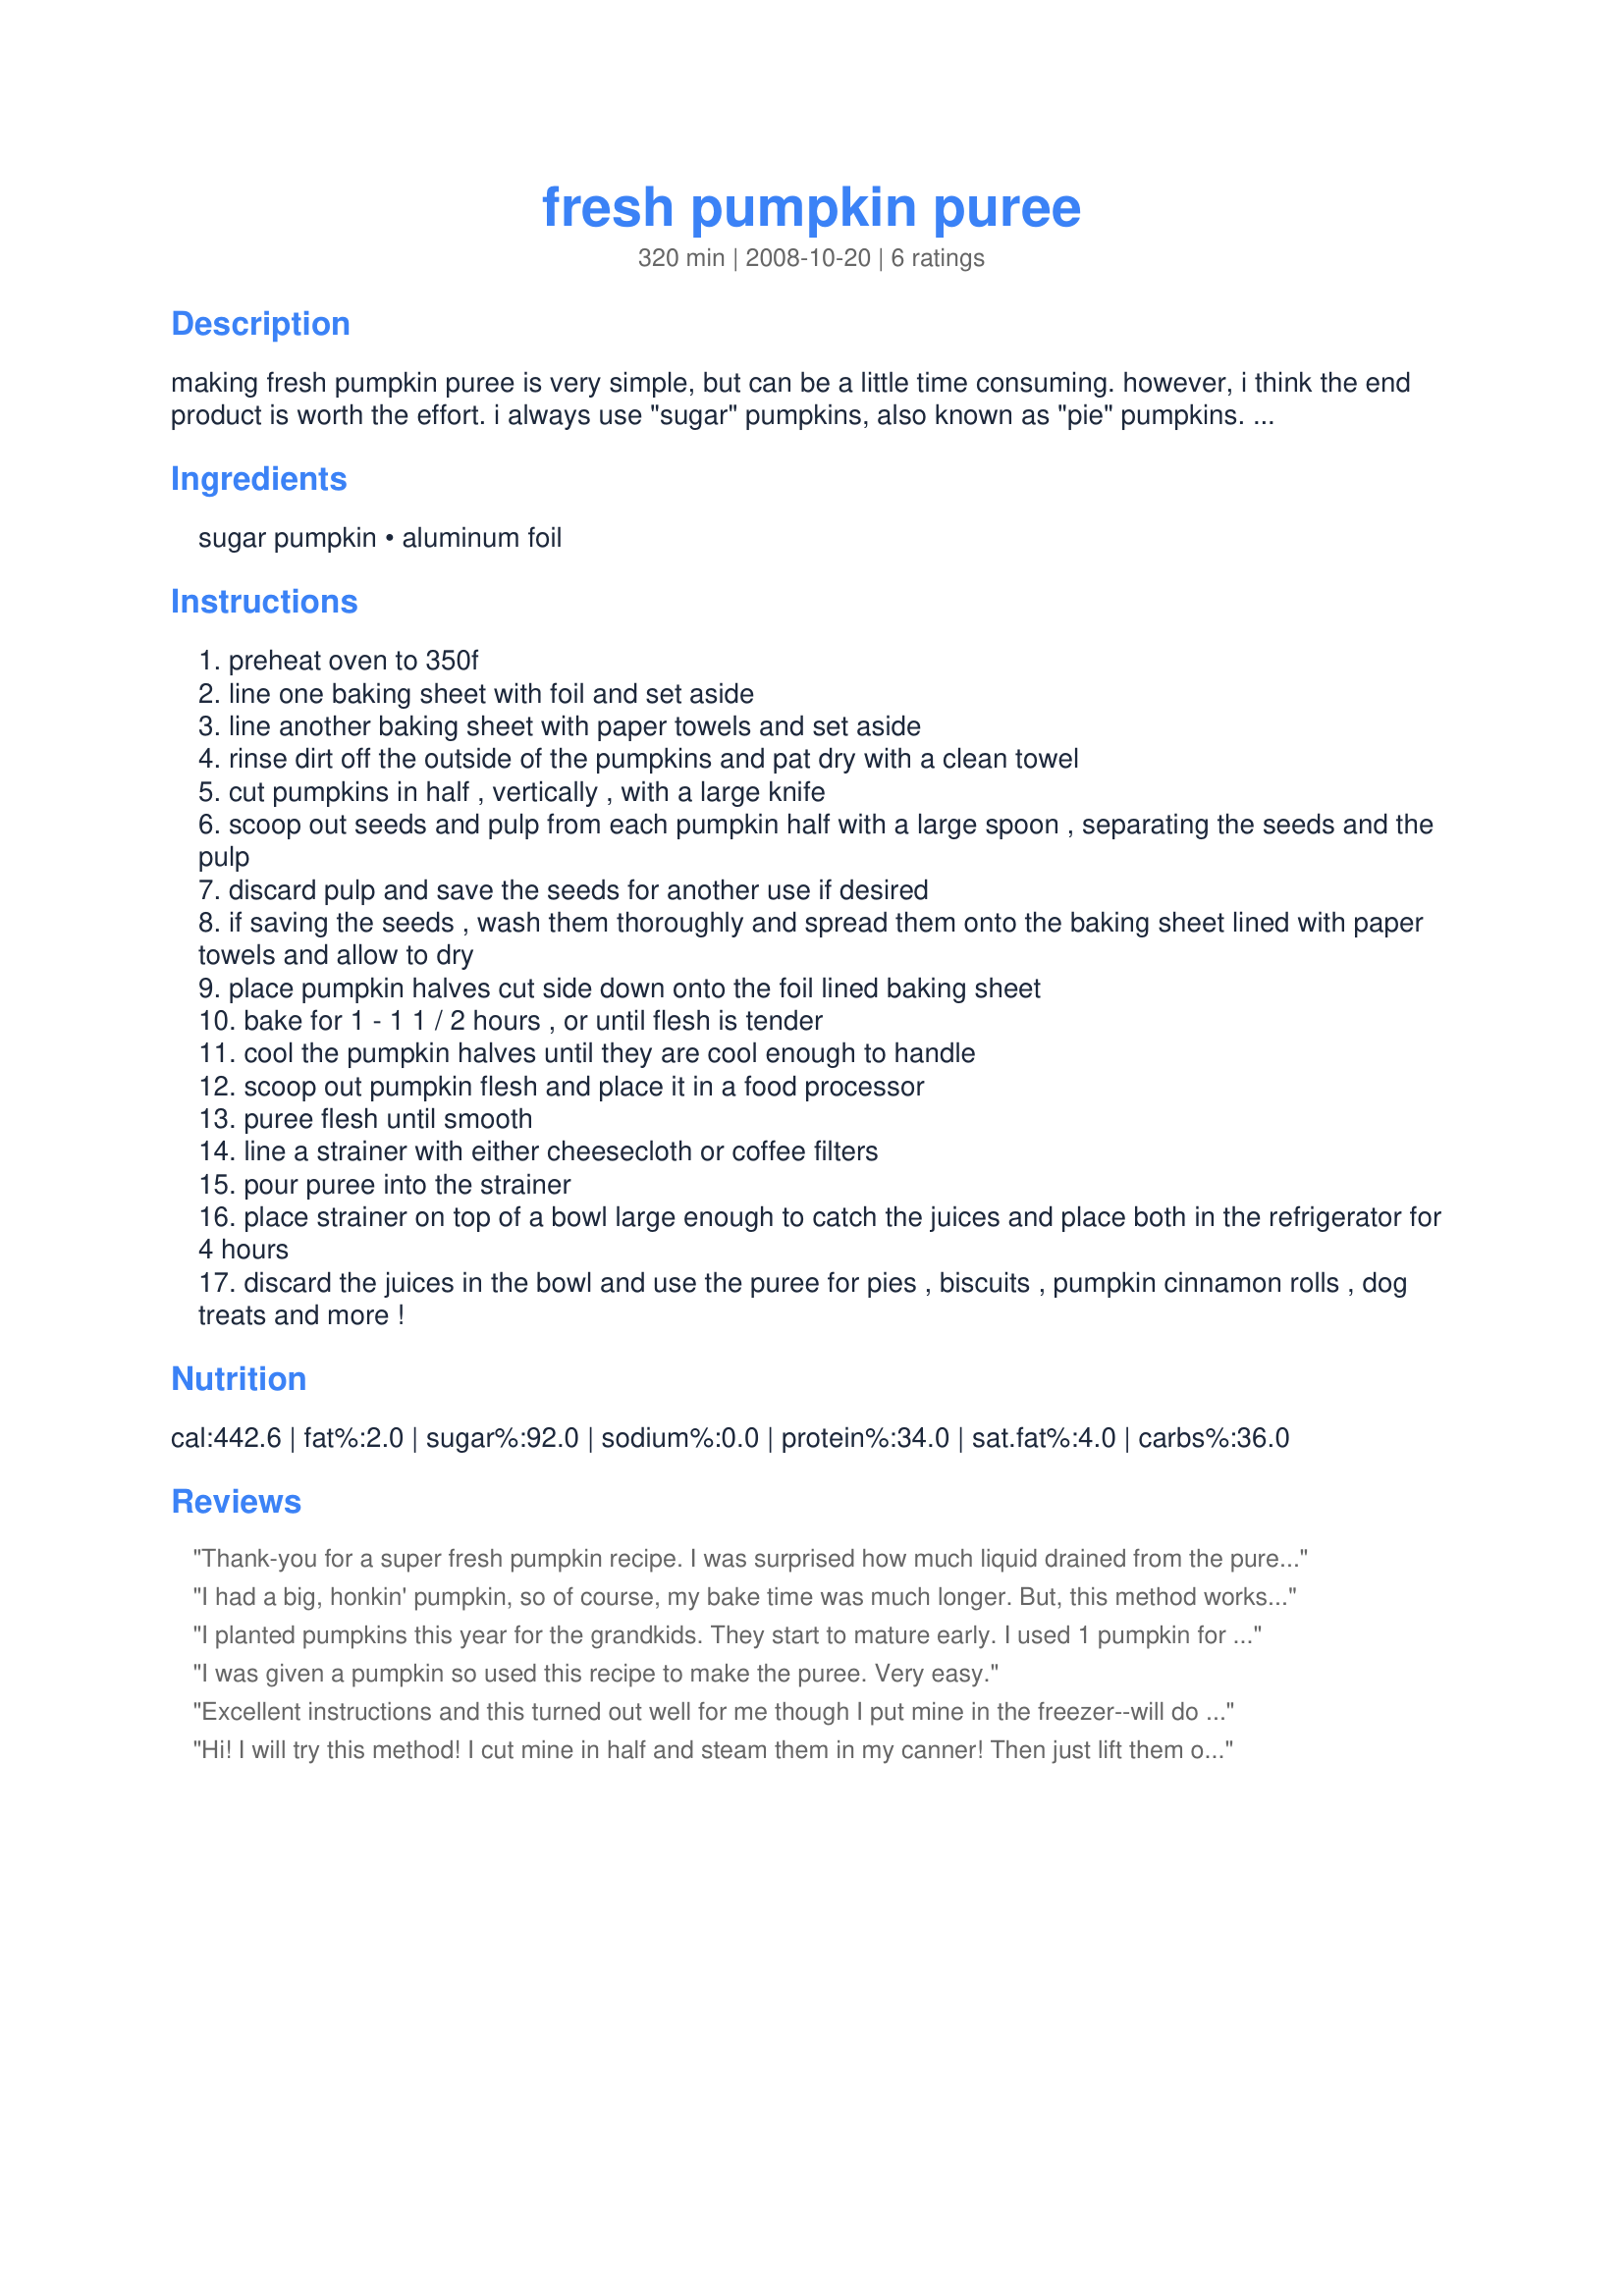
fresh pumpkin puree
Preparation time: 320 minutes

making fresh pumpkin puree is very simple, but can be a little time consuming. however, i think the end product is worth the effort. i always use "sugar" pumpkins, also known as "pie" pumpkins. they are much smaller than the standard pumpkin that we carve for halloween and are much more tender and flavorful. --note-- baking time is only 1 - 1 1/2 hours and the remainder of the noted cooking time in this recipe is actually refrigeration time. --choosing the right pumpkin-- when buying a pumpkin for baking, always choose a pumpkin that is free of blemishes and have been harvested with their stems intact. the pumpkin should feel heavy for their size and should have a dull skin. a pumpkin with a shinny skin was either harvested too early or was waxed by the grower. --storing pumpkins-- store pumpkins in a cool, dry place at 45f - 60f for up to a month, or refrigerate for up to 3 months. to store pumpkins for an extended time, wash the skins of the pumpkin with a solution of 1 tablespoon chlorine bleach to 1 gallon water to disinfect the skins and discourage the growth of mold.

Ingredients:
sugar pumpkin, aluminum foil

Steps:
preheat oven to 350f
line one baking sheet with foil and set aside
line another baking sheet with paper towels and set aside
rinse dirt off the outside of the pumpkins and pat dry with a clean towel
cut pumpkins in half , vertically , with a large knife
scoop out seeds and pulp from each pumpkin half with a large spoon , separating the seeds and the pulp
discard pulp and save the seeds for another use if desired
if saving the seeds , wash them thoroughly and spread them onto the baking sheet lined with paper towels and allow to dry
place pumpkin halves cut side down onto the foil lined baking sheet
bake for 1 - 1 1 / 2 hours , or until flesh is tender
cool the pumpkin halves until they are cool enough to handle
scoop out pumpkin flesh and place it in a food processor
puree flesh until smooth
line a strainer with either cheesecloth or coffee filters
pour puree into the strainer
place strainer on top of a bowl large enough to catch the juices and place both in the refrigerator for 4 hours
discard the juices in the bowl and use the puree for pies , biscuits , pumpkin cinnamon rolls , dog treats and more !

Reviews:
Thank-you for a super fresh pumpkin recipe. I was surprised how much liquid drained from the puree, and next time I will use cheesecloth or muslin as my paper coffee filters only just held together! Definately a keeper, despite the amount of work involved.
I had a big, honkin' pumpkin, so of course, my bake time was much longer. But, this method works perfectly! Thanks for posting all the great info in the introduction, as well. :)
I planted pumpkins this year for the grandkids. They start to mature early. I used 1 pumpkin for this recipe. The pumpkin yielded 1 1/2 qts which I froze.<br/>I made Recipe#395151
I was given a pumpkin so used this recipe to make the puree. Very easy.
Excellent instructions and this turned out well for me though I put mine in the freezer--will do something later. Might get another pie pumpkin at the Farmer's Market next week, too, turned out well.
Hi! I will try this method! I cut mine in half and steam them in my canner! Then just lift them out with the rack and cool in a large bowl. Works great! Try Cinderellas! They are wonderul! I plant them now instead of the sugar pumpkins. Very beautiful and delicious!
Thanks for the idea!
Jelly :)
